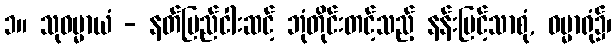
၁။ သုဓမ္မာယံ - နတ်ပြည်ငါးဆင့် ဘုံတိုင်းတင့်သည့် နန်းမြင့်သာစုံ, ဓမ္မာရုံ၌၊